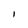
Character: I